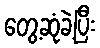
တွေ့ဆုံခဲ့ပြီး